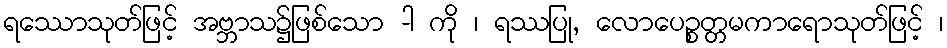
ရဿောသုတ်ဖြင့် အဗ္ဘာသ၌ဖြစ်သော -ါ ကို ၊ ရဿပြု, လောပေဉ္စတ္တမကာရောသုတ်ဖြင့် ၊